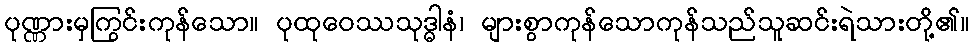
ပုဏ္ဏားမှကြွင်းကုန်သော။ ပုထုဝေဿသုဒ္ဓါနံ၊ များစွာကုန်သောကုန်သည်သူဆင်းရဲသားတို့၏။